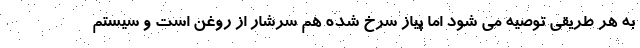
به هر طریقی توصیه می شود اما پیاز سرخ شده هم سرشار از روغن است و سیستم